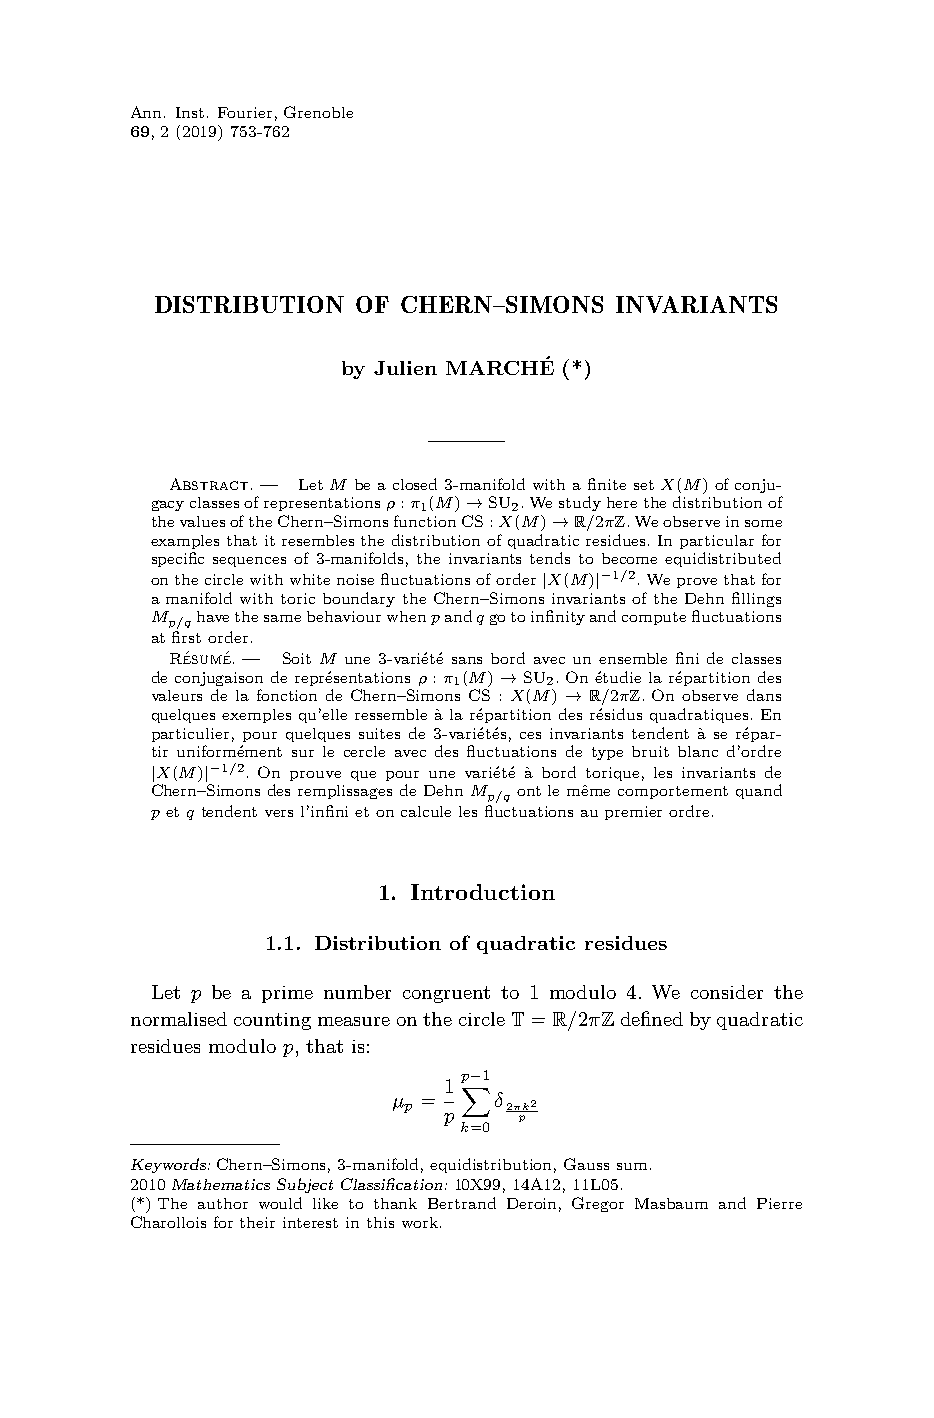
Ann. Inst. Fourier,Grenoble
 69,2(2019)753-762
 DISTRIBUTION  OF CHERN–SIMONS  INVARIANTS
 by Julien MARCHÉ(*)
 Abstract.— LetM beaclosed3-manifoldwithafinitesetX(M)ofconju-
 gacyclassesofrepresentationsρ:π1(M)→SU2.Westudyherethedistributionof
 thevaluesoftheChern–SimonsfunctionCS:X(M)→R/2πZ.Weobserveinsome
 examplesthatitresemblesthedistributionofquadraticresidues.Inparticularfor
 specific sequences of 3-manifolds, the invariants tends to become equidistributed
 onthecirclewithwhitenoisefluctuationsoforder|X(M)|−1/2.Weprovethatfor
 a manifold with toric boundary the Chern–Simons invariants of the Dehn fillings
 M  havethesamebehaviourwhenpandqgotoinfinityandcomputefluctuations
 p/q
 atfirstorder.
 Résumé.— Soit M une 3-variété sans bord avec un ensemble fini de classes
 de conjugaison de représentations ρ:π1(M)→SU2. On étudie la répartition des
 valeurs de la fonction de Chern–Simons CS : X(M) → R/2πZ. On observe dans
 quelques exemples qu’elle ressemble à la répartition des résidus quadratiques. En
 particulier, pour quelques suites de 3-variétés, ces invariants tendent à se répar-
 tir uniformément sur le cercle avec des fluctuations de type bruit blanc d’ordre
 |X(M)|−1/2. On prouve que pour une variété à bord torique, les invariants de
 Chern–SimonsdesremplissagesdeDehnM ontlemêmecomportementquand
 p/q
 petq tendentversl’infinietoncalculelesfluctuationsaupremierordre.
 1. Introduction
 1.1. Distribution of quadratic residues
 Let p be a prime number congruent to 1 modulo 4. We consider the
 normalisedcountingmeasureonthecircleT=R/2πZdefinedbyquadratic
 residues modulo p, that is:
 p−1
 1X
 µ =    δ
 p p   2πk2
 p
 k=0
 Keywords:Chern–Simons,3-manifold,equidistribution,Gausssum.
 2010MathematicsSubjectClassification:10X99,14A12,11L05.
 (*)The author would like to thank Bertrand Deroin, Gregor Masbaum and Pierre
 Charolloisfortheirinterestinthiswork.